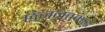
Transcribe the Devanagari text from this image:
छंजनतमद्ध